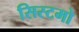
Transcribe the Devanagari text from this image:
सिस्टमो